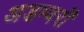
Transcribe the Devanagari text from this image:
अडम्बरों